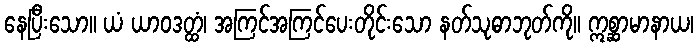
နေပြီးသော။ ယံ ယာဝဒတ္ထံ၊ အကြင်အကြင်ပေးတိုင်းသော နတ်သုဓာဘုတ်ကို။ ဣစ္ဆာမာနာယ၊